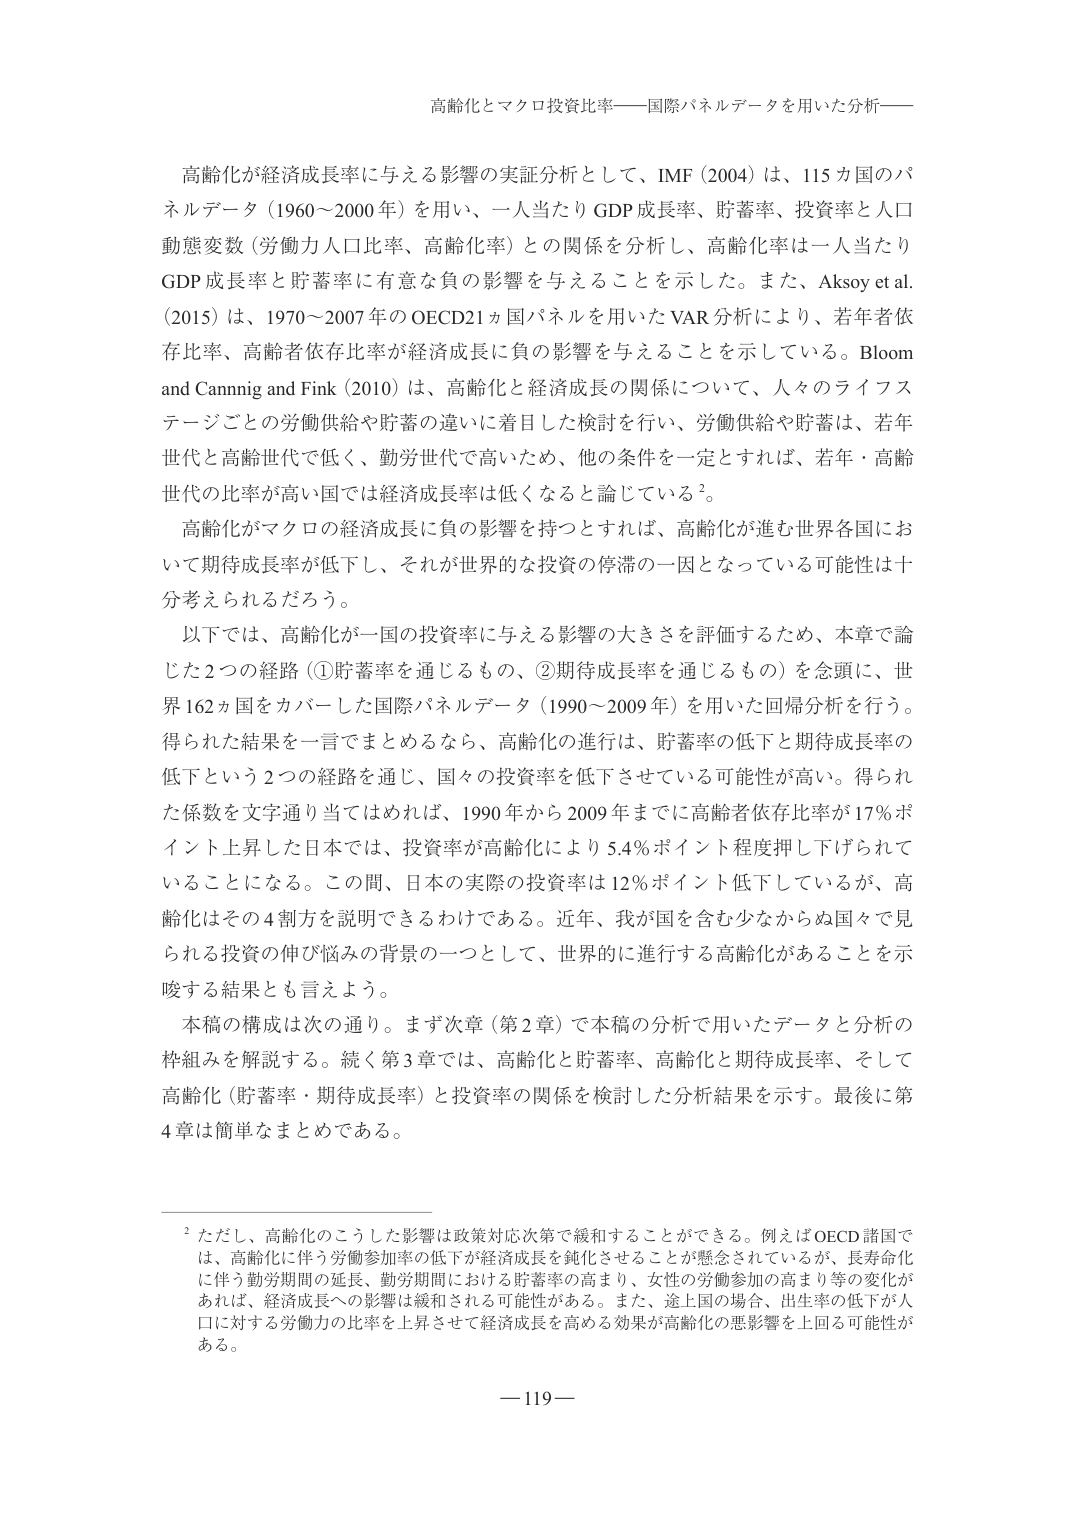
高齢化とマクロ投資比率――国際パネルデータを用いた分析――

高齢化が経済成長率に与える影響の実証分析として、IMF（2004）は、115カ国のパネルデータ（1960～2000年）を用い、一人当たりGDP成長率、貯蓄率、投資率と人口動態変数（労働力人口比率、高齢化率）との関係を分析し、高齢化率は一人当たりGDP成長率と貯蓄率に有意な負の影響を与えることを示した。また、Aksoy et al.（2015）は、1970～2007年のOECD21カ国パネルを用いたVAR分析により、若年者依存比率、高齢者依存比率が経済成長に負の影響を与えることを示している。Bloom and Cannig and Fink（2010）は、高齢化と経済成長の関係について、人々のライフステージごとの労働供給や貯蓄の違いに着目した検討を行い、労働供給や貯蓄は、若年世代と高齢世代で低く、勤労世代で高いため、他の条件を一定とすれば、若年・高齢世代の比率が高い国では経済成長率は低くなると論じている²。

高齢化がマクロの経済成長に負の影響を持つとすれば、高齢化が進む世界各国において期待成長率が低下し、それが世界的な投資の停滞の一因となっている可能性は十分考えられるだろう。

以下では、高齢化が一国の投資率に与える影響の大きさを評価するため、本章で論じた2つの経路（①貯蓄率を通じるもの、②期待成長率を通じるもの）を念頭に、世界162ヵ国をカバーした国際パネルデータ（1990～2009年）を用いた回帰分析を行う。得られた結果を一言でまとめると、高齢化の進行は、貯蓄率の低下と期待成長率の低下という2つの経路を通じ、国々の投資率を低下させている可能性が高い。得られた係数を文字通り当てはめれば、1990年から2009年までに高齢者依存比率が17％ポイント上昇した日本では、投資率が高齢化により5.4％ポイント程度押し下げられていることになる。この間、日本の実際の投資率は12％ポイント低下しているが、高齢化はその4割方を説明できるわけである。近年、我が国を含む少なからぬ国々で見られる投資の伸び悩みの背景の一つとして、世界的に進行する高齢化があることを示唆する結果とも言えよう。

本稿の構成は次の通り。まず次章（第2章）で本稿の分析で用いたデータと分析の枠組みを解説する。続く第3章では、高齢化と貯蓄率、高齢化と期待成長率、そして高齢化（貯蓄率・期待成長率）と投資率の関係を検討した分析結果を示す。最後に第4章は簡単なまとめである。

² ただし、高齢化のこうした影響は政策対応次第で緩和することができる。例えばOECD諸国では、高齢化に伴う労働参加率の低下が経済成長を鈍化させることが懸念されているが、長寿化化に伴う勤労期間の延長、勤労期間における貯蓄率の高まり、女性の労働参加の高まり等の変化があれば、経済成長への影響は緩和される可能性がある。また、途上国の場合、出生率の低下が人口に対する労働力の比率を上昇させて経済成長を高める効果が高齢化の悪影響を上回る可能性がある。

―119―